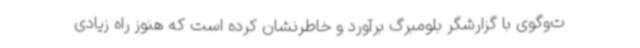
ت‌وگوی با گزارشگر بلومبرگ برآورد و خاطرنشان کرده است که هنوز راه زیادی